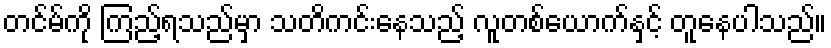
တင်မ်ကို ကြည့်ရသည်မှာ သတိကင်းနေသည့် လူတစ်ယောက်နှင့် တူနေပါသည်။